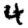
Digit: 4